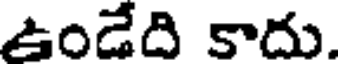
ఉండేది కాదు.